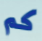
كم